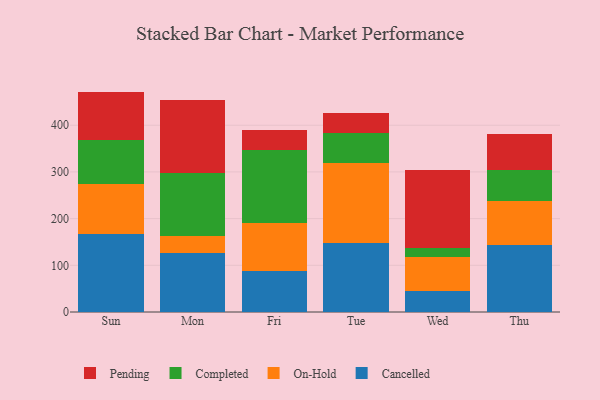
{"axis": {"x": "Day", "y": "Budget (USD K)"}, "legend": ["Cancelled", "Completed", "On-Hold", "Pending"], "data": [{"x": "Sun", "y": 167.2, "type": "Cancelled"}, {"x": "Sun", "y": 106.3, "type": "On-Hold"}, {"x": "Sun", "y": 95.6, "type": "Completed"}, {"x": "Sun", "y": 102.9, "type": "Pending"}, {"x": "Mon", "y": 126.1, "type": "Cancelled"}, {"x": "Mon", "y": 35.6, "type": "On-Hold"}, {"x": "Mon", "y": 135.0, "type": "Completed"}, {"x": "Mon", "y": 157.6, "type": "Pending"}, {"x": "Fri", "y": 87.6, "type": "Cancelled"}, {"x": "Fri", "y": 103.3, "type": "On-Hold"}, {"x": "Fri", "y": 156.9, "type": "Completed"}, {"x": "Fri", "y": 43.0, "type": "Pending"}, {"x": "Tue", "y": 147.3, "type": "Cancelled"}, {"x": "Tue", "y": 171.5, "type": "On-Hold"}, {"x": "Tue", "y": 64.3, "type": "Completed"}, {"x": "Tue", "y": 42.5, "type": "Pending"}, {"x": "Wed", "y": 44.1, "type": "Cancelled"}, {"x": "Wed", "y": 72.9, "type": "On-Hold"}, {"x": "Wed", "y": 20.0, "type": "Completed"}, {"x": "Wed", "y": 167.7, "type": "Pending"}, {"x": "Thu", "y": 143.0, "type": "Cancelled"}, {"x": "Thu", "y": 94.3, "type": "On-Hold"}, {"x": "Thu", "y": 67.7, "type": "Completed"}, {"x": "Thu", "y": 76.1, "type": "Pending"}]}